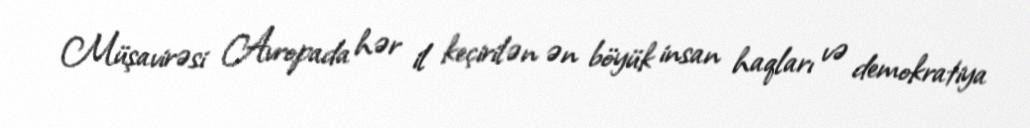
Müşavirəsi Avropada hər il keçirilən ən böyük insan haqları və demokratiya